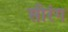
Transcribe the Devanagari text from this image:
सीरंग